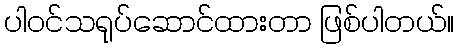
ပါဝင်သရုပ်ဆောင်ထားတာ ဖြစ်ပါတယ်။